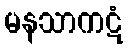
မနသာကဋံ